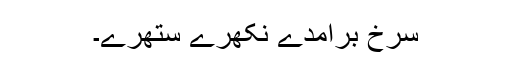
سرخ برآمدے نکھرے ستھرے۔